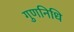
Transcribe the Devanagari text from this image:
गुणनिधि